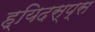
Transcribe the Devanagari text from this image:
ह्यिदस्प्स